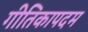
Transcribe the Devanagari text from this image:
गीतिकापदम